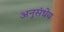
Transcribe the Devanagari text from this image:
अनुसंधेय